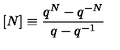
[ N ] \equiv \frac { q ^ { N } - q ^ { - N } } { q - q ^ { - 1 } }